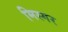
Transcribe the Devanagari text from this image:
मिस्गर